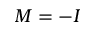
M = - I